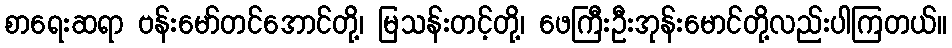
စာရေးဆရာ ဗန်းမော်တင်အောင်တို့၊ မြသန်းတင့်တို့၊ ဖေကြီးဦးအုန်းမောင်တို့လည်းပါကြတယ်။